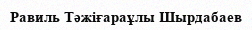
Равиль Тәжіғараұлы Шырдабаев